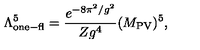
\Lambda _ { \mathrm { o n e - f l } } ^ { 5 } = \frac { e ^ { - 8 \pi ^ { 2 } / g ^ { 2 } } } { Z g ^ { 4 } } ( M _ { \mathrm { P V } } ) ^ { 5 } ,